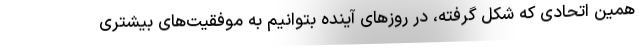
همین اتحادی که شکل گرفته، در روزهای آینده بتوانیم به موفقیت‌های بیشتری